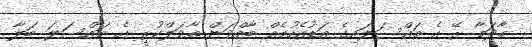
މާދަމާ ރޭ އެ މައްސަލައިގެ އަޑުއެހުމެއް ބާއްވަން ތާވަލްކުރީ އެ މައްސަލަ ބަލާ